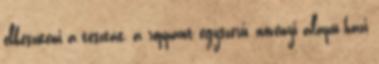
elkészíteni a tésztát, a roppant egyszerű, növényi alapú házi